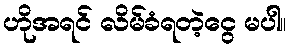
ဟိုအရင် လိမ်ခံရတဲ့ငွေ မပါ။